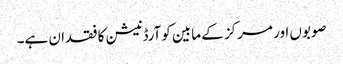
صوبوں اور مرکز کے مابین کوآرڈنیشن کا فقدان ہے۔